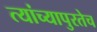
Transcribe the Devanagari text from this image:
त्यांच्यापुरतेच